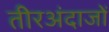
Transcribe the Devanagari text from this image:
तीरअंदाजों